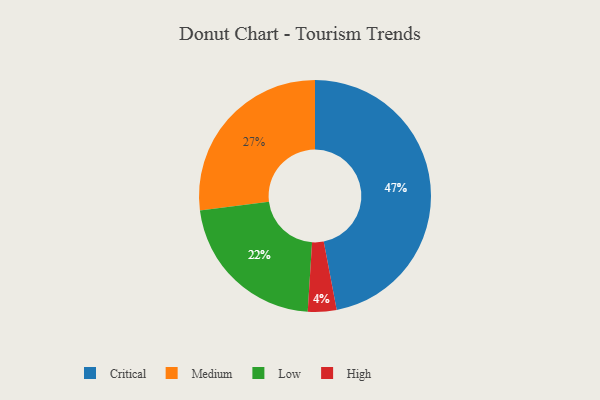
{"axis": {"x": "Category", "y": "Percentage"}, "legend": ["Critical", "High", "Low", "Medium"], "data": [{"x": "High", "y": 4, "type": "High"}, {"x": "Low", "y": 22, "type": "Low"}, {"x": "Critical", "y": 47, "type": "Critical"}, {"x": "Medium", "y": 27, "type": "Medium"}]}